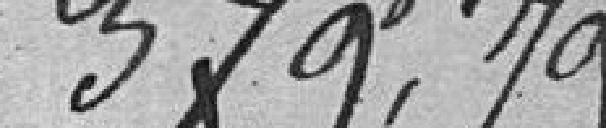
379 francs 79